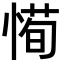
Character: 𫺰